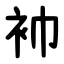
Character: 䘜